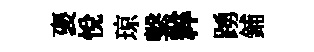
褒悅琼繫粹踴鋪